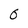
Character: 0